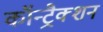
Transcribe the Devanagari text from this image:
कॉन्ट्रैक्शन